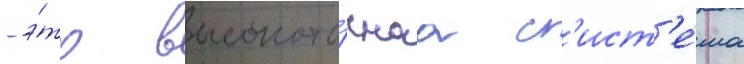
- э́то высокото́чнаа с'ист'е́ма